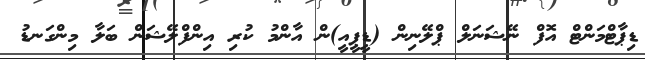
ޑިޕާޓްމަންޓް އޮފް ނޭޝަނަލް ޕްލޭނިން (ޑީޕީއީ)ން އާންމު ކުރި އިންފްލޭޝަން ބަލާ މިންގަނޑު